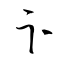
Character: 卞